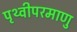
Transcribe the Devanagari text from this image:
पृथ्वीपरमाणु